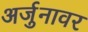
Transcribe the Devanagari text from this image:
अर्जुनावर